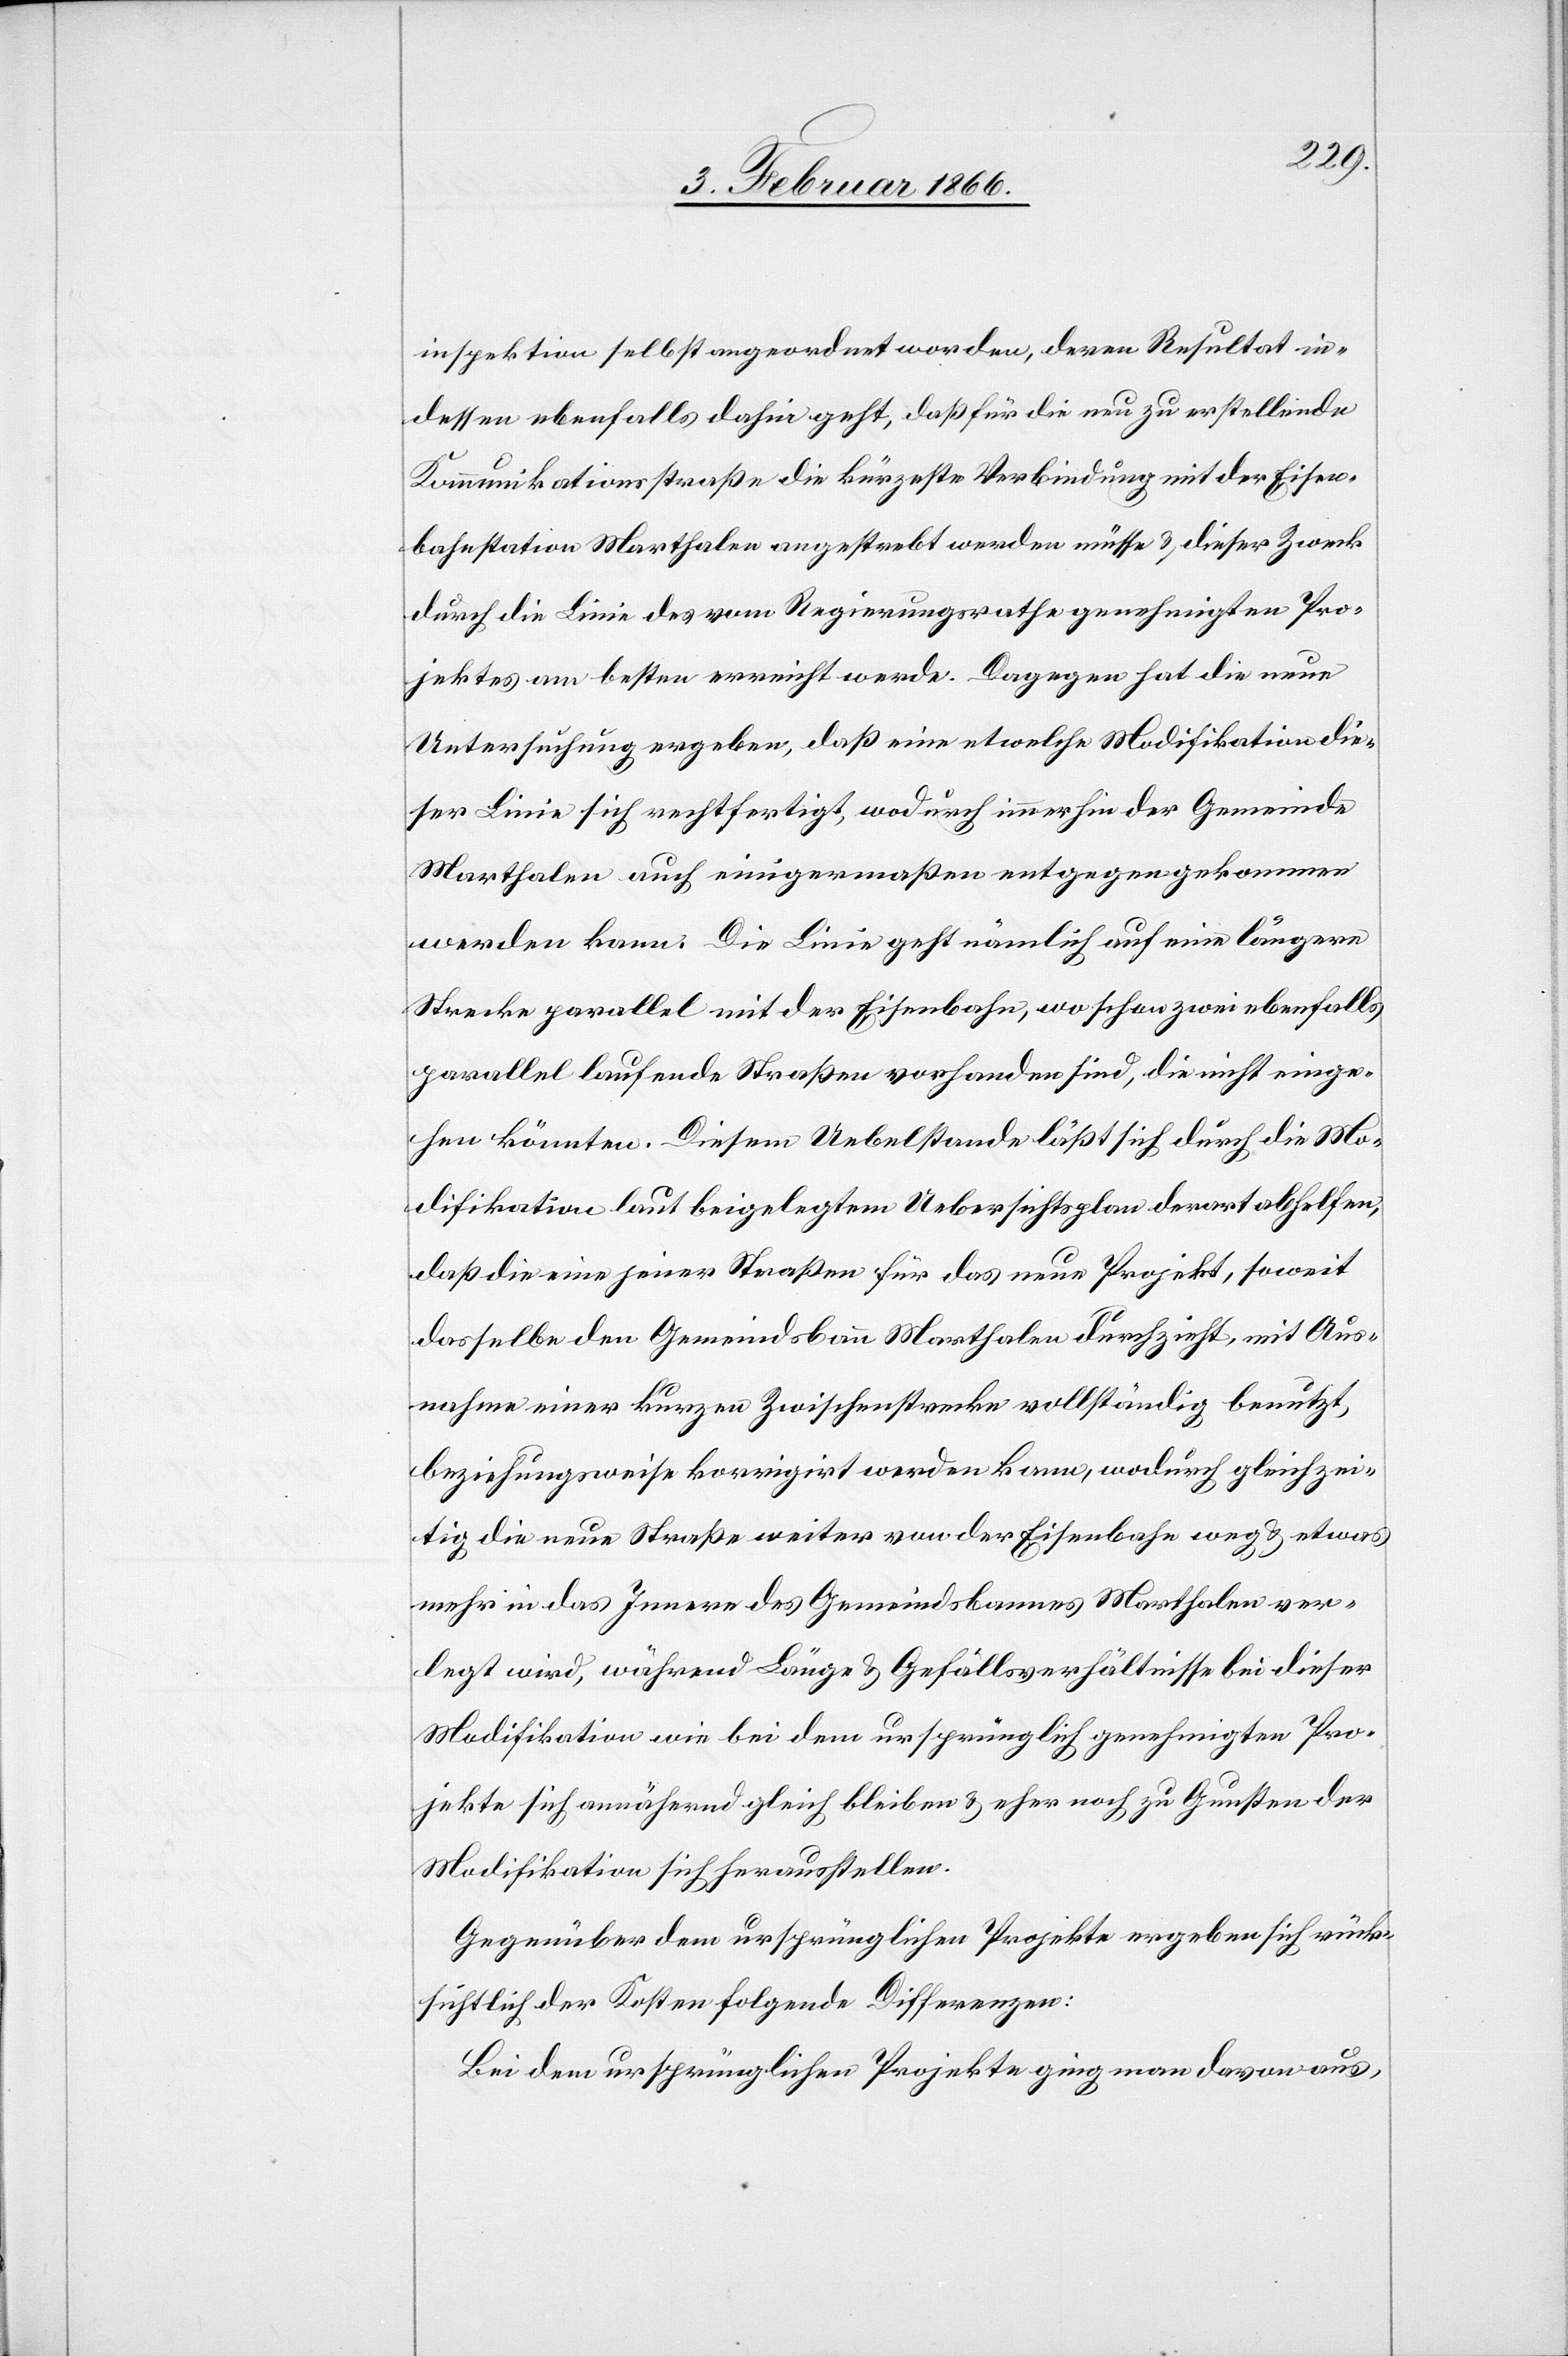
inspektion selbst angeordnet worden, deren Resultat in¬
dessen ebenfalls dahin geht, daß für die neu zu erstellende
Kommunikationsstraße die kürzeste Verbindung mit der Eisen¬
bahnstation Marthalen angestrebt werden müsse u. dieser Zweck
durch die Linie des vom Regierungsrathe genehmigten Pro¬
jektes am besten erreicht werde. Dagegen hat die neue
Untersuchung ergeben, daß eine etwelche Modifikation die¬
ser Linie sich rechtfertigt, wodurch immerhin der Gemeinde
Marthalen auch einigermaßen entgegengekommen
werden kann. Die Linie geht nämlich auf eine längere
Strecke parallel mit der Eisenbahn, wo schon zwei ebenfalls
parallel laufende Straßen vorhanden sind, die nicht einge¬
hen könnten. Diesem Uebelstande läßt sich durch die Mo¬
difikation laut beigelegtem Uebersichtsplan derart abhelfen,
daß die eine jener Straßen für das neue Projekt, soweit
dasselbe den Gemeindsbann Marthalen durchzieht, mit Aus¬
nahme einer kurzen Zwischenstrecke vollständig benutzt,
beziehungsweise korrigirt werden kann, wodurch gleichzei¬
tig die neue Straße weiter von der Eisenbahn weg u. etwas
mehr in das Innere des Gemeindsbannes Marthalen ver¬
legt wird, während Länge u. Gefällsverhältnisse bei dieser
Modifikation wie bei dem ursprünglich genehmigten Pro¬
jekte sich annähernd gleich bleiben u. eher noch zu Gunsten der
Modifikation sich herausstellen.
Gegenüber dem ursprünglichen Projekte ergeben sich rück¬
sichtlich der Kosten folgende Differenzen:
Bei dem ursprünglichen Projekte ging man davon aus,